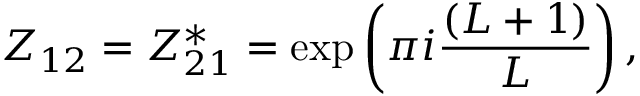
{ \cal Z } _ { 1 2 } = { \cal Z } _ { 2 1 } ^ { * } = \exp \left( \pi i \frac { ( L + 1 ) } { L } \right) ,